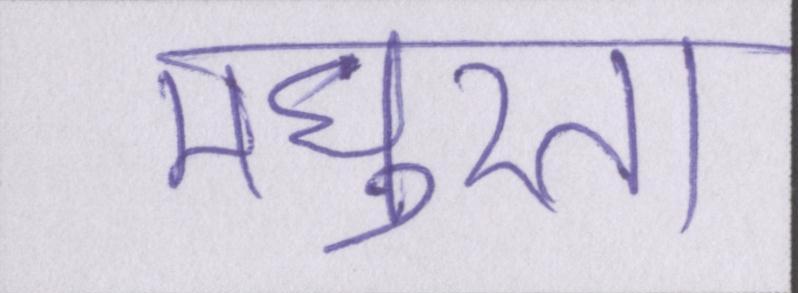
मधुरता